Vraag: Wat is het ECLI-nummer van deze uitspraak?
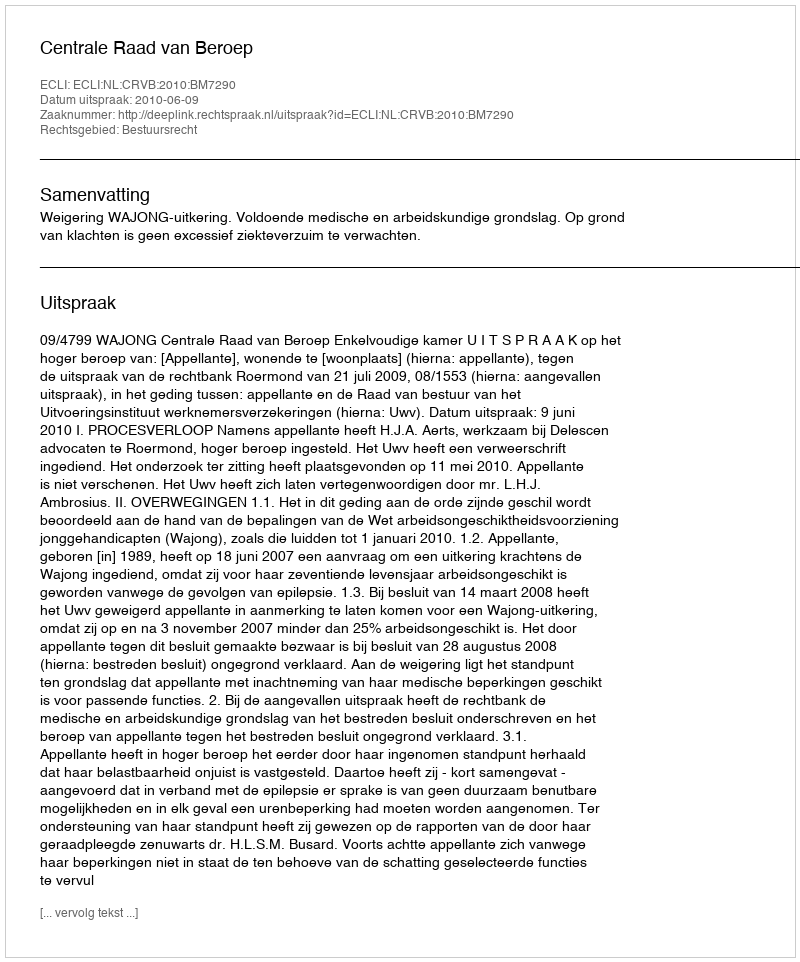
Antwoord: ECLI:NL:CRVB:2010:BM7290